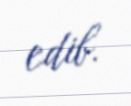
edib.